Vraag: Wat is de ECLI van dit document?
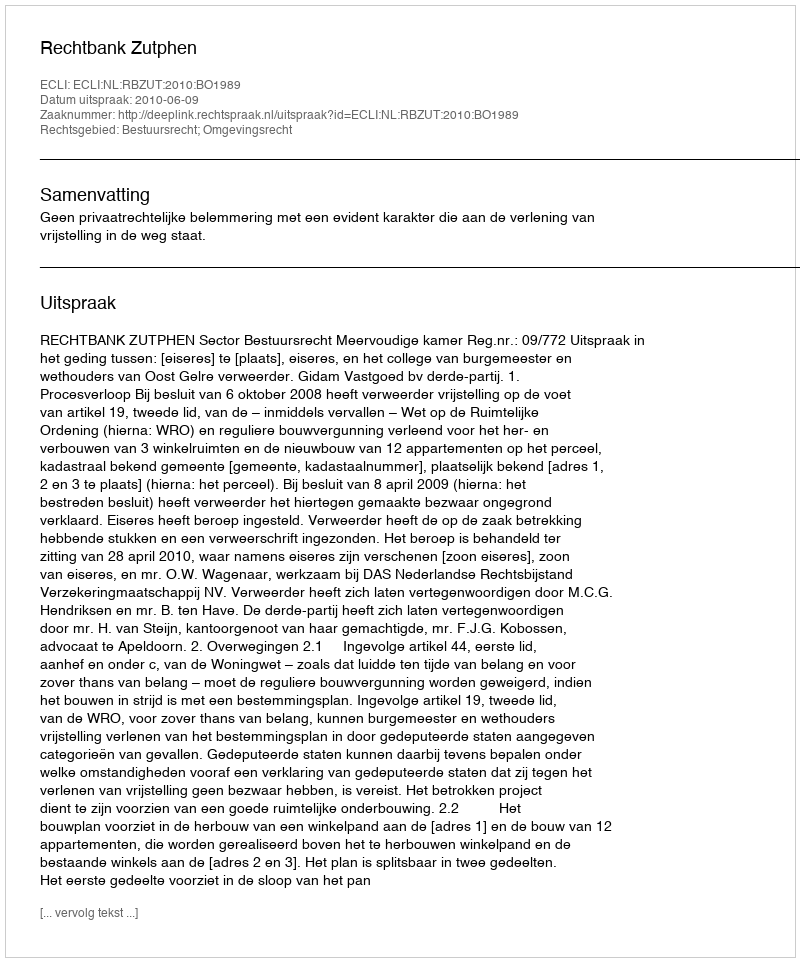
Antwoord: ECLI:NL:RBZUT:2010:BO1989